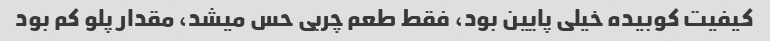
کیفیت کوبیده خیلى پایین بود، فقط طعم چربى حس میشد، مقدار پلو کم بود